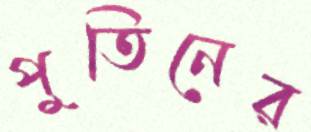
পুতিনের